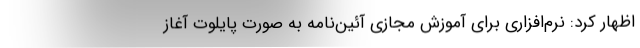
اظهار کرد: نرم‌افزاری برای آموزش مجازی آئین‌نامه به صورت پایلوت آغاز